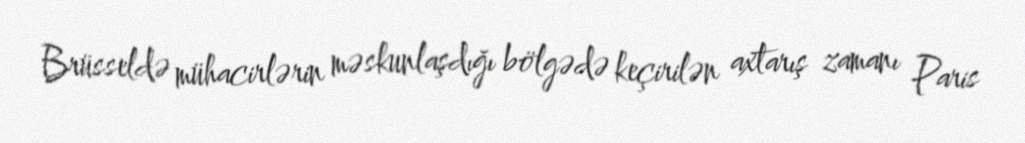
Brüsseldə mühacirlərin məskunlaşdığı bölgədə keçirilən axtarış zamanı Paris